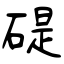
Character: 碮